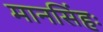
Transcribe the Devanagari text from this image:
मानसिंहः